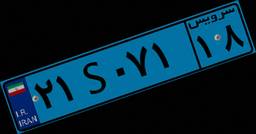
۲۱S۰۷۱۱۸